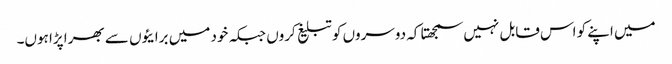
میں اپنے کو اس قابل نہیں سمجھتا کہ دوسروں کو تبلیغ کروں جبکہ خود میں برایئوں سے بھرا پڑا ہوں۔